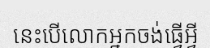
នេះបើលោកអ្នកចង់ធ្វើអ្វី